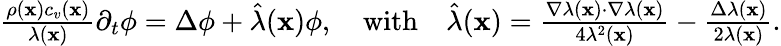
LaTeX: \begin{array}{r}{\frac{\rho(\mathbf x)c_{v}(\mathbf x)}{\lambda(\mathbf x)}\partial_{t}\phi=\Delta\phi+\hat{\lambda}(\mathbf x)\phi,\quad\textrm{with}\quad\hat{\lambda}(\mathbf x)=\frac{\nabla\lambda(\mathbf x)\cdot\nabla\lambda(\mathbf x)}{4\lambda^{2}(\mathbf x)}-\frac{\Delta\lambda(\mathbf x)}{2\lambda(\mathbf x)}.}\end{array}